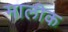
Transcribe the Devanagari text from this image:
मालीक